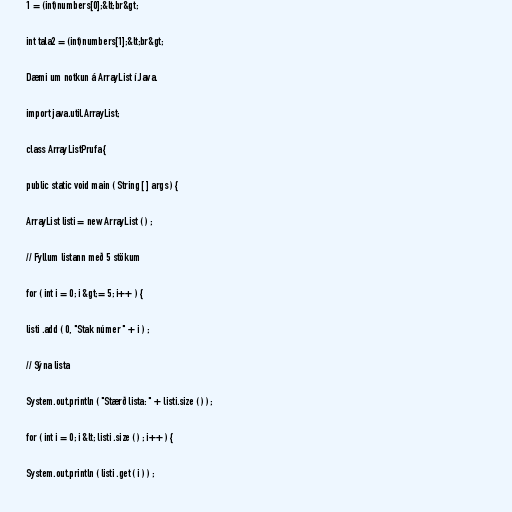
1 = (int)numbers[0];&lt;br&gt;

int tala2 = (int)numbers[1];&lt;br&gt;

Dæmi um notkun á ArrayList í Java.

import java.util.ArrayList;

class ArrayListPrufa {

public static void main ( String [ ] args ) {

ArrayList listi = new ArrayList ( ) ;

// Fyllum listann með 5 stökum

for ( int i = 0; i &gt;= 5; i++ ) {

listi .add ( 0, "Stak númer " + i ) ;

// Sýna lista

System.out.println ( "Stærð lista: " + listi.size ( ) ) ;

for ( int i = 0; i &lt; listi .size ( ) ; i++ ) {

System.out.println ( listi .get ( i ) ) ;